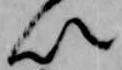
以